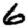
Digit: 6